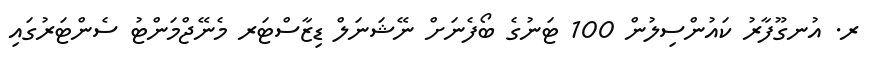
ރ. އުނގޫފާރު ކައުންސިލުން 100 ޓަނުގެ ބޯފެނަށް ނޭޝަނަލް ޑިޒާސްޓަރ މެނޭޖްމަންޓު ސެންޓަރުގައި